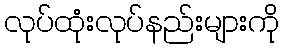
လုပ်ထုံးလုပ်နည်းများကို